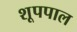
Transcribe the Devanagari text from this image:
शूपपाल